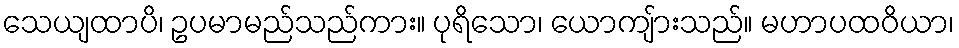
သေယျထာပိ၊ ဥပမာမည်သည်ကား။ ပုရိသော၊ ယောကျ်ားသည်။ မဟာပထဝိယာ၊